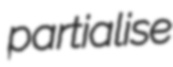
partialise